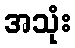
အသုံး